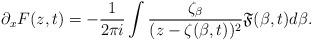
LaTeX: \begin{align*}\partial_x F(z,t)=-\frac{1}{2\pi i}\int \frac{\zeta_{\beta}}{(z-\zeta(\beta,t))^2}\mathfrak{F}(\beta,t)d\beta.\end{align*}